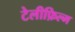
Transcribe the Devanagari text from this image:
टेलीफ़िल्म